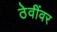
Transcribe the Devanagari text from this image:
ठेवींवर